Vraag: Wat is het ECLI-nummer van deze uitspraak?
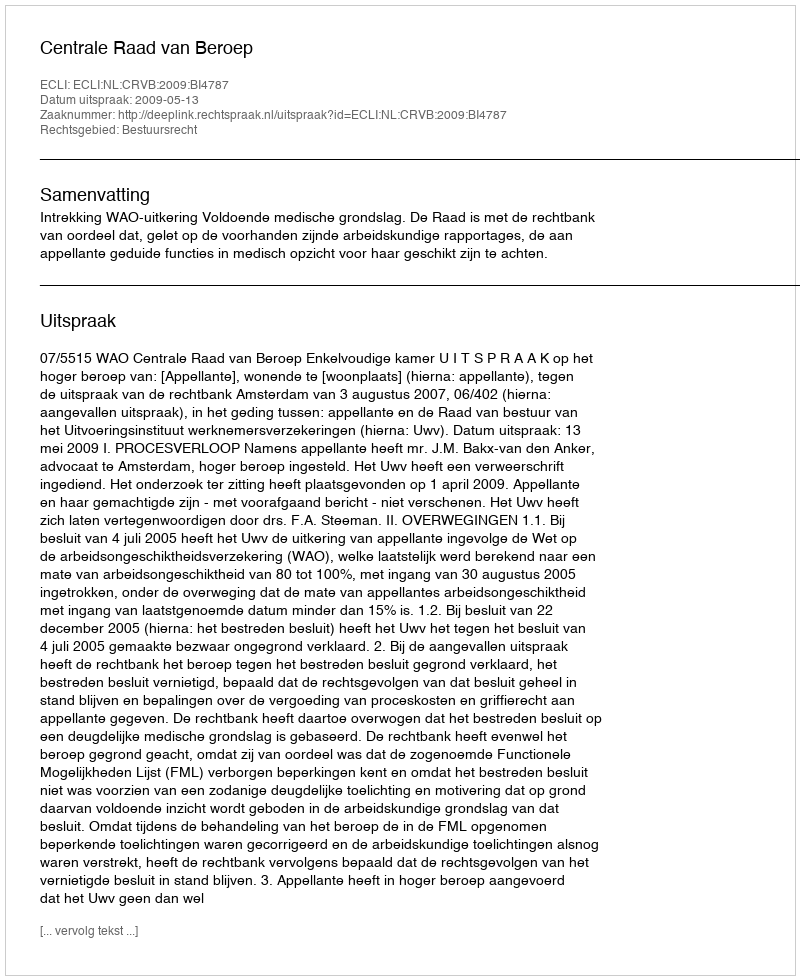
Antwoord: ECLI:NL:CRVB:2009:BI4787